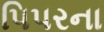
પિપરના